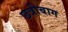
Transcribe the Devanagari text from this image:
छत्रीबाग